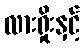
လားရှိုးနှင့်